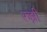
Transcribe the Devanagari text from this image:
रुझ़ी